system: You are a helpful assistant.
user:
Analyze the provided spectrum to determine if it is a **S-type Star**.

- **Key Indicators for S-type Star:**

    - **(Overall Spectrum Shape):** The first and most obvious characteristic is the overall continuum (the "baseline" shape). It is **extremely "red-sloping,"** meaning the flux (light intensity) is very low on the left side (blue, ~4000-4500 Å) and rises steeply and continuously toward the right side (red, ~7000 Å+).

    - **(Primary):** The spectrum is defined by the presence of strong, broad molecular absorption "valleys" (bands) from **Zirconium Oxide (ZrO)**. The identification of these bands is the **primary requirement** for classifying a star as S-type.
        - **(Key Bandheads):** You must find distinct, deep "dips" where the light has been absorbed. The most critical band systems to locate are:
            - **~6474 Å** ($\gamma$-system): This is often the strongest and clearest ZrO feature, found in the red part of the spectrum.
            - **~5718 Å** & **~5551 Å** ($\beta$-system): A pair of prominent absorption features in the yellow-orange part of the spectrum.
            - **~4640 Å** ($\alpha$-system): A key absorption band system in the blue-green region of the spectrum.

    - **(Secondary Confirmation):** The classification is strengthened by finding additional absorption bands from other related heavy element oxides, which are expected to be present alongside ZrO.
        - **(Key Bandheads):**
            - **Yttrium Oxide (YO):** Look for absorption dips near **~4800 Å** and **~6100 Å**.
            - **Lanthanum Oxide (LaO):** Additional absorption features, particularly in the red-orange part of the spectrum, are also characteristic.

    - **(Line Profile):** The combination of the steep red continuum and these numerous, deep molecular bands (ZrO, YO, etc.) gives the entire spectrum a very **"chopped-up"** or **"bumpy"** appearance. Instead of a smooth curve, the spectrum looks as though large, wide chunks of light have been "carved out" of it at the specific wavelengths listed above.

Think first, call **spectral_visualization_tool** if needed to examine features in detail, then provide your final answer. Your response must adhere to the following strict rules:
1.  **Overall Structure:** Your response must follow the format `<think>...</think> <tool_call>...</tool_call> (if a tool is used) <answer>...</answer>`.
2.  **Tool Usage Constraint:** You may only make **one** tool call per turn.
3.  **Final Answer Format:** In the `<answer>` tag, your conclusion must be inside a `\boxed{}` command (e.g., `\boxed{YES}` or `\boxed{NO}`), followed by your justification.

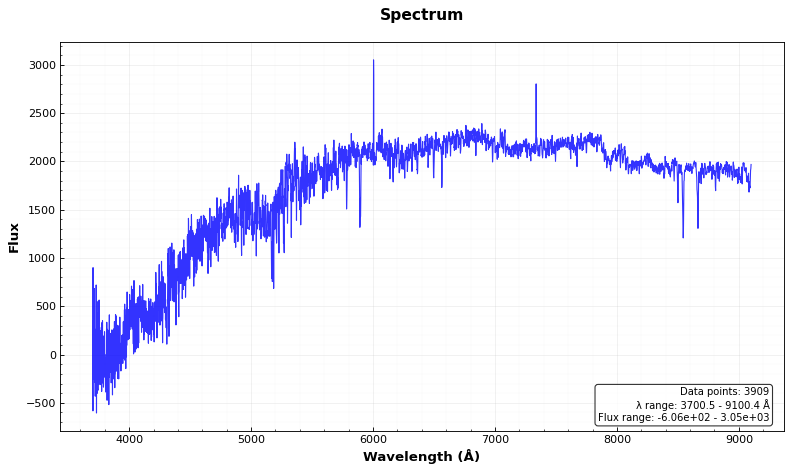
Answer: NO